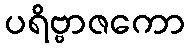
ပရိဗ္ဗာဇကော